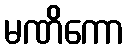
မဏိကော